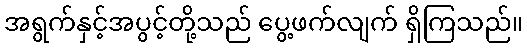
အရွက်နှင့်အပွင့်တို့သည် ပွေ့ဖက်လျက် ရှိကြသည်။